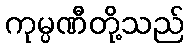
ကုမ္ပဏီတို့သည်